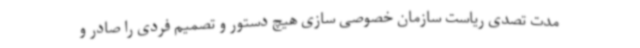
مدت تصدی ریاست سازمان خصوصی سازی هیچ دستور و تصمیم فردی را صادر و